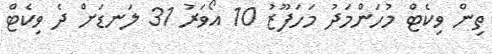
ތިން ވިކެޓް މުހަންމަދު މަހަފޫޒު 10 އޯވަރު 31 ލަނޑަށް ދެ ވިކެޓް